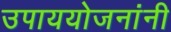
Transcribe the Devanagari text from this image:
उपाययोजनांनी